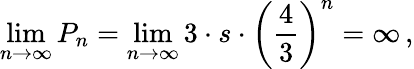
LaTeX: \operatorname*{lim}_{n\rightarrow\infty}P_{n}=\operatorname*{lim}_{n\rightarrow\infty}3\cdot s\cdot\left({\frac{4}{3}}\right)^{n}=\infty\, ,